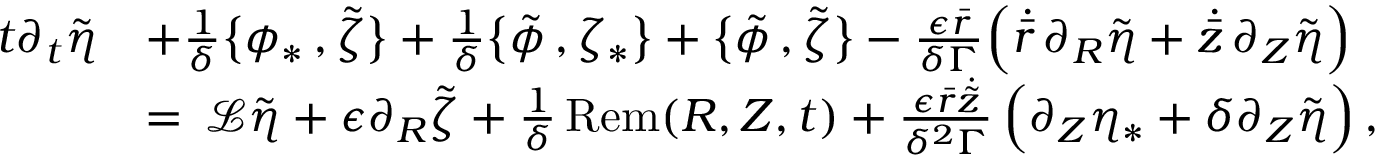
\begin{array} { r l } { t \partial _ { t } \tilde { \eta } } & { + \frac { 1 } { \delta } \bigl \{ \phi _ { * } \, , \tilde { \zeta } \bigr \} + \frac { 1 } { \delta } \bigl \{ \tilde { \phi } \, , \zeta _ { * } \bigr \} + \bigl \{ \tilde { \phi } \, , \tilde { \zeta } \bigr \} - \frac { \epsilon \bar { r } } { \delta \Gamma } \Bigl ( \dot { \bar { r } } \, \partial _ { R } \tilde { \eta } + \dot { \bar { z } } \, \partial _ { Z } \tilde { \eta } \Bigr ) } \\ { \, } & { = \, \mathcal { L } \tilde { \eta } + \epsilon \partial _ { R } \tilde { \zeta } + \frac { 1 } { \delta } \, \mathrm { R e m } ( R , Z , t ) + \frac { \epsilon \bar { r } \dot { \tilde { z } } } { \delta ^ { 2 } \Gamma } \, \Bigl ( \partial _ { Z } \eta _ { * } + \delta \partial _ { Z } \tilde { \eta } \Bigr ) \, , } \end{array}